Scottish Certificate of Education, 1963
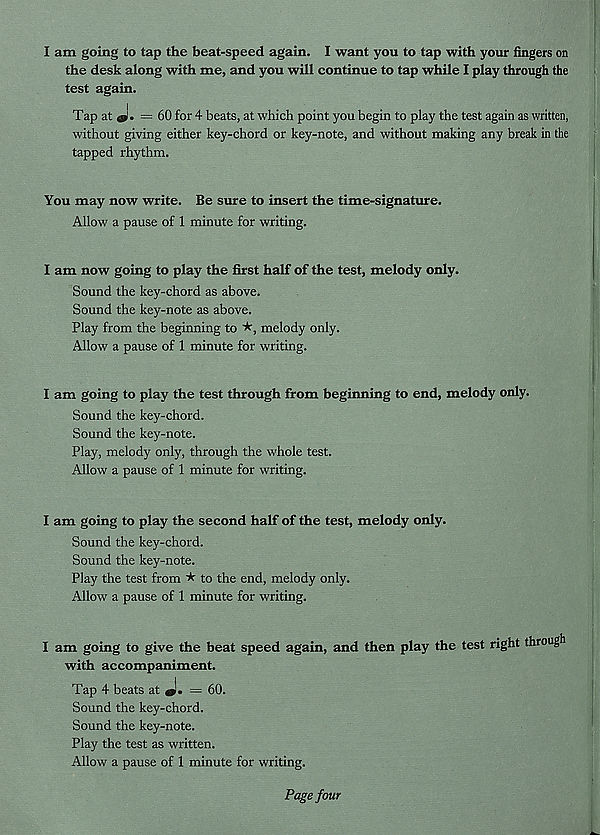
I am going to tap the beat-speed again. I want you to tap with your fingers on
the desk along with me, and you will continue to tap while I play through the
test again.
Tap at «L =60 for 4 beats, at which point you begin to play the test again as written,
without giving either key-chord or key-note, and without making any break in the
tapped rhythm.
You may now write. Be sure to insert the time-signature.
Allow a pause of 1 minute for writing.
I am now going to play the first half of the test, melody only.
Sound the key-chord as above.
Sound the key-note as above.
Play from the beginning to ★, melody only.
Allow a pause of 1 minute for writing.
I am going to play the test through from beginning to end, melody only.
Sound the key-chord.
Sound the key-note.
Play, melody only, through the whole test.
Allow a pause of 1 minute for writing.
I am going to play the second half of the test, melody only.
Sound the key-chord.
Sound the key-note.
Play the test from * to the end, melody only.
Allow a pause of 1 minute for writing.
I am going to give the beat speed again, and then play the test right through
with accompaniment.
Tap 4 beats at
= 60.
Sound the key-chord.
Sound the key-note.
Play the test as written.
Allow a pause of 1 minute for writing.
Page four